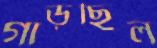
গাড়ছিল